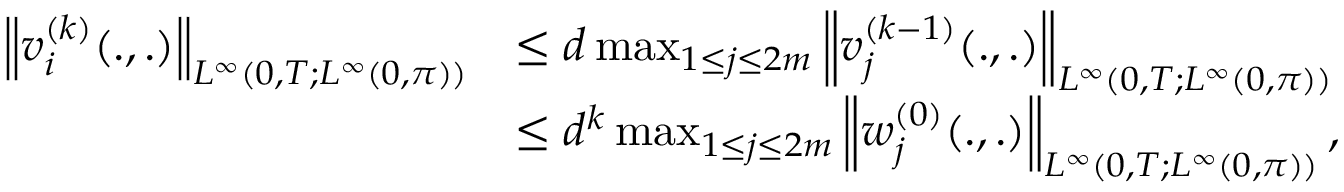
\begin{array} { r l } { \left\| v _ { i } ^ { ( k ) } ( . , . ) \right\| _ { L ^ { \infty } ( 0 , T ; L ^ { \infty } ( 0 , \pi ) ) } } & { \leq d \operatorname* { m a x } _ { 1 \leq j \leq 2 m } \left\| v _ { j } ^ { ( k - 1 ) } ( . , . ) \right\| _ { L ^ { \infty } ( 0 , T ; L ^ { \infty } ( 0 , \pi ) ) } } \\ & { \leq d ^ { k } \operatorname* { m a x } _ { 1 \leq j \leq 2 m } \left\| w _ { j } ^ { ( 0 ) } ( . , . ) \right\| _ { L ^ { \infty } ( 0 , T ; L ^ { \infty } ( 0 , \pi ) ) } , } \end{array}